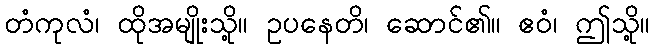
တံကုလံ၊ ထိုအမျိုးသို့။ ဥပနေတိ၊ ဆောင်၏။ ဧဝံ၊ ဤသို့။